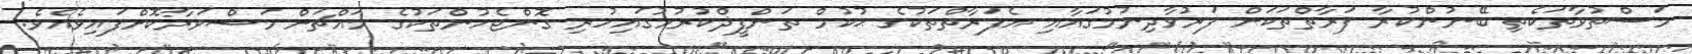
މަސްތުވާތަކެތި ބޭނުންކުރާ ފަރާތްތަކަށް ފަރުވާދިނުމުގައާއި އެފަރާތްތަކުގެ ޙުކުމް ތަންފީޛްކުރުމުގައިހުރި ގޮންޖެހުންތަކުގެ މައްޗަށް މަޝްވަރާކޮށްފައިވެއެވެ.